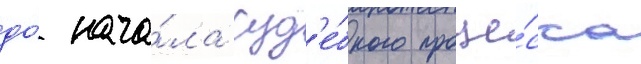
до́ нача́ла суд'е́бного проце́сса